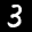
Label: 3